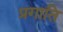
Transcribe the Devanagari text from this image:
प्रगाति